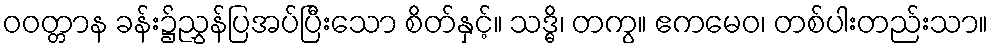
ဝဝတ္တာန ခန်း၌ညွှန်ပြအပ်ပြီးသော စိတ်နှင့်။ သဒ္ဓိ၊ တကွ။ ဧကမေဝ၊ တစ်ပါးတည်းသာ။